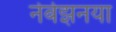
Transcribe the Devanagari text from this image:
नेर्बेझनया